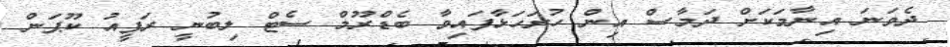
ދެވަނަ އިނާމަކަށް ދަމާސް އިން ހުށަހަޅާފައިވާ ބެޑްރޫމް ސެޓް ލިބުނީ ރަފީއު ކޫޕަން